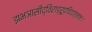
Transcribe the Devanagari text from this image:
झभञासीद्विराड्रूपचिदात्मनः।